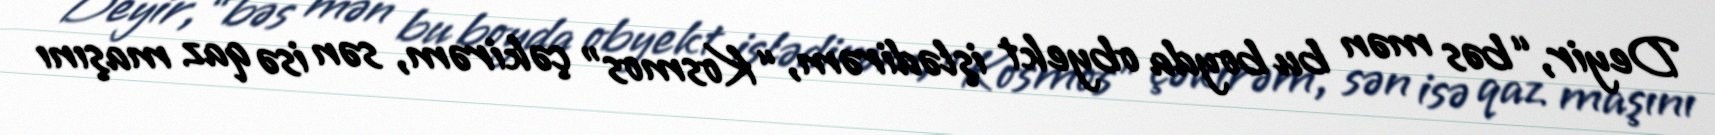
Deyir, “bəs mən bu boyda obyekt işlədirəm, “Kosmos” çəkirəm, sən isə qaz maşını